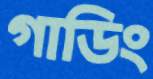
গাডিং